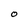
Character: O